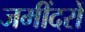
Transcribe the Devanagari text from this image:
जमींदरों